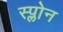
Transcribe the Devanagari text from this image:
स्प्लोन